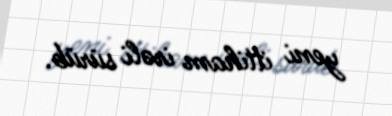
yeni ittiham irəli sürüb.